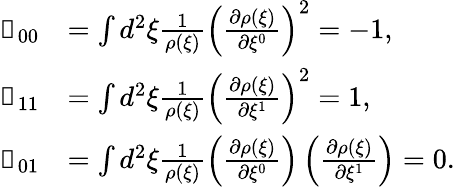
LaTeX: \begin{array}{rl}{\mathbb{g}_{00}}&{=\int d^{2}\xi\frac{1}{\rho(\xi)}\left(\frac{\partial\rho(\xi)}{\partial\xi^{0}}\right)^{2}=-1,}\\ {\mathbb{g}_{11}}&{=\int d^{2}\xi\frac{1}{\rho(\xi)}\left(\frac{\partial\rho(\xi)}{\partial\xi^{1}}\right)^{2}=1,}\\ {\mathbb{g}_{01}}&{=\int d^{2}\xi\frac{1}{\rho(\xi)}\left(\frac{\partial\rho(\xi)}{\partial\xi^{0}}\right)\left(\frac{\partial\rho(\xi)}{\partial\xi^{1}}\right)=0.}\end{array}